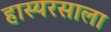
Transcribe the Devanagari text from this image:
हास्यरसाला